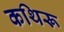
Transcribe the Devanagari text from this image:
कथिरू